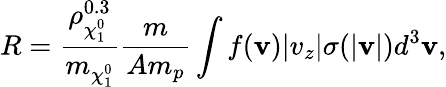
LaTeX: R=\frac{\rho_{\chi_{1}^{0}}^{0.3}}{m_{\chi_{1}^{0}}}\frac{m}{Am_{p}}\int f(\mathbf{v})|v_{z}|\sigma(|\mathbf{v}|)d^{3}\mathbf{v},